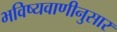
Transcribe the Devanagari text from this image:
भविष्यवाणीनुसार